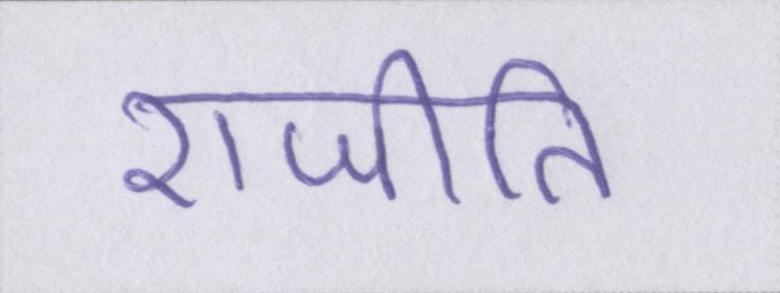
राजीति